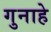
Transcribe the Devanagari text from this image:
गुनाहे